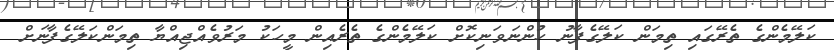
ކަލޭމެންގެ ތެރޭގައި ތިމަން ކަލޭގެފާނު ހުންނަވަނިކޮށް ކަލޭމެންގެ ތެރެއިން މީހަކު މަރުވެއްޖިއްޔާ ތިމަންކަލޭގެފާނަށް